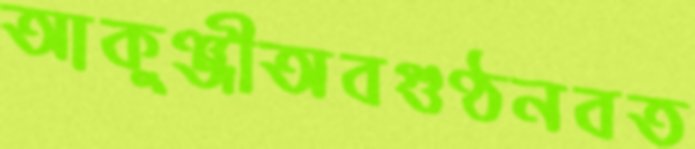
আকুঞ্জীঅবগুণ্ঠনবত